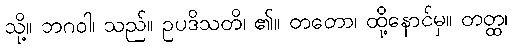
သို့။ ဘဂဝါ၊ သည်။ ဥပဒိသတိ၊ ၏။ တတော၊ ထို့နောင်မှ။ တတ္ထ၊